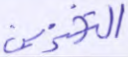
التخزين